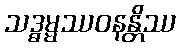
သဒ္ဓမ္မဿဝနန္တိဿ